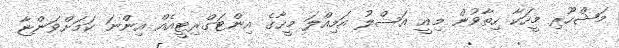
މަޝްހޫރި މީހަކާ ހިތާވުން މިއީ އަސްލު އަމިއްލަ މީހާގެ އިންޓަގްރިޓީއެއް އިންނަ ކަމަށްވަންޏާ